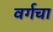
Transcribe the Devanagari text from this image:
वर्गचा